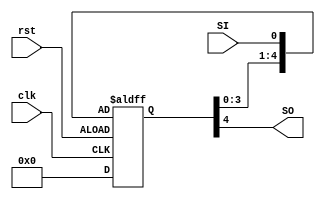
/**************************************************
P1.1 5-bit SHIFT REGISTER (L-R)
************************************************/

module SR_LR(SO,clk,rst,SI);
	input SI,clk,rst;
	output SO;

	reg [4:0]SR;

	always@(posedge clk, negedge rst)
	if(rst)
		SR <= 5'd0;
	else
		SR <= {SR[3:0],SI};

	assign SO = SR[4];

	
endmodule